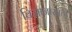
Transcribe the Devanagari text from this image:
विज्ञानासाठी